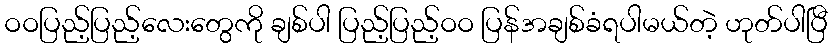
ဝဝပြည့်ပြည့်လေးတွေကို ချစ်ပါ ပြည့်ပြည့်ဝဝ ပြန်အချစ်ခံရပါမယ်တဲ့ ဟုတ်ပါပြီ